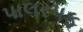
પાલરપફ